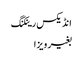
انڈیکس رینکنگ
بغیر ویزا